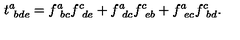
t _ { \ b d e } ^ { a } = f _ { \ b c } ^ { a } f _ { \ d e } ^ { c } + f _ { \ d c } ^ { a } f _ { \ e b } ^ { c } + f _ { \ e c } ^ { a } f _ { \ b d } ^ { c } .